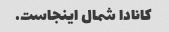
کانادا شمال اینجاست.